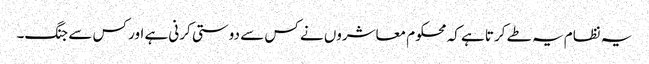
یہ نظام یہ طے کرتا ہے کہ محکوم معاشروں نے کس سے دوستی کرنی ہے اور کس سے جنگ۔